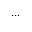
. . .